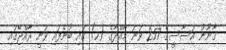
ޤާނޫނު އަސާސީގެ 257 ވަނަ މާއްދާގެ (ހ) ގައި ބުނެފައި ވަނީ ރާއްޖޭގައި